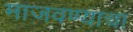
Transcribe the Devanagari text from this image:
माजवण्याचा